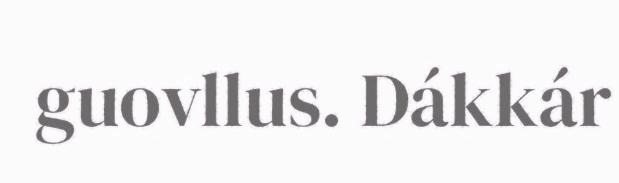
guovllus. Dákkár